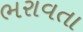
ભરાવતા